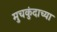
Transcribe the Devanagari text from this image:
मुचकुंदाच्या